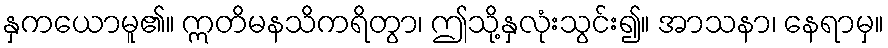
နှကယောမူ၏။ ဣတိမနသိကရိတွာ၊ ဤသို့နှလုံးသွင်း၍။ အာသနာ၊ နေရာမှ။